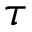
\tau